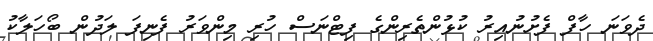
ދެވަނަ ހާފް ފެށުނުއިރު ކުޅުންތެރިންގެ ފިޓްނަސް ހުރި މިންވަރު ފެނިފަ ލަދުން ބޯހަލާކު